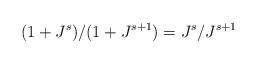
LaTeX: \begin{align*}(1 + J^s)/(1 + J^{s+1}) = J^s/J^{s+1}\end{align*}